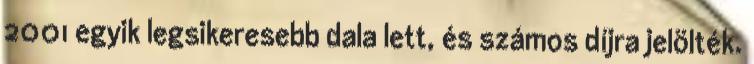
2001 egyik legsikeresebb dala lett, és számos díjra jelölték.